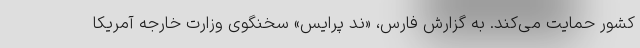
کشور حمایت می‌کند. به گزارش فارس، «ند پرایس» سخنگوی وزارت خارجه آمریکا